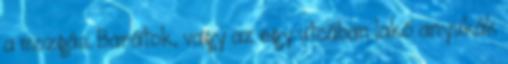
a mozgás. Barátok, vagy az egy utcában lakó anyukák